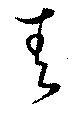
靑